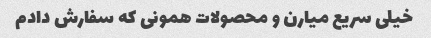
خیلی سریع میارن و محصولات همونی که سفارش دادم